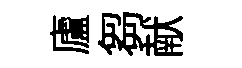
廬芻献